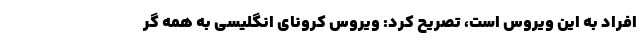
افراد به این ویروس است، تصریح کرد: ویروس کرونای انگلیسی به همه گر